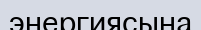
энергиясына